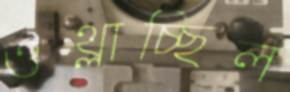
ওথ্‌লাচ্ছিল